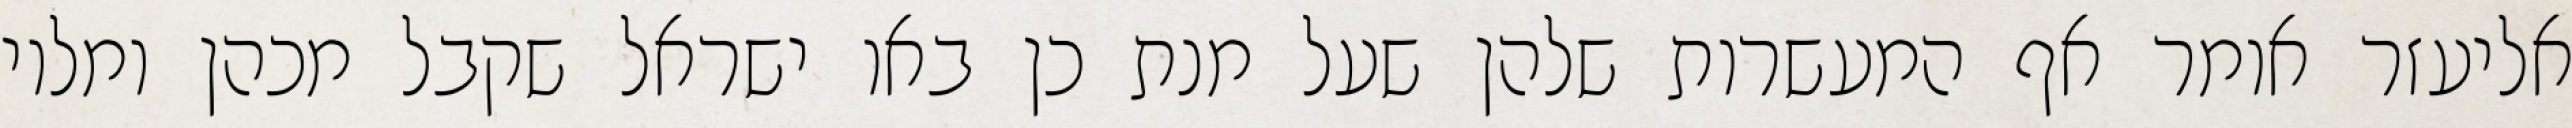
אליעזר אומר אף המעשרות שלהן שעל מנת כן באו ישראל שקבל מכהן ומלוי